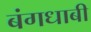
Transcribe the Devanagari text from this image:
बंगधाबी